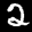
Label: 2